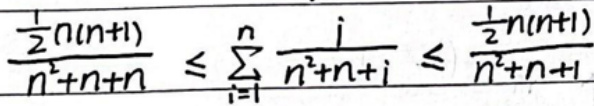
$\frac{\frac{1}{2}n(n + 1)}{n^{2}+n + n}\leq\sum_{i = 1}^{n}\frac{i}{n^{2}+n + i}\leq\frac{\frac{1}{2}n(n + 1)}{n^{2}+n+1}$